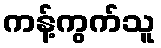
ကန့်ကွက်သူ